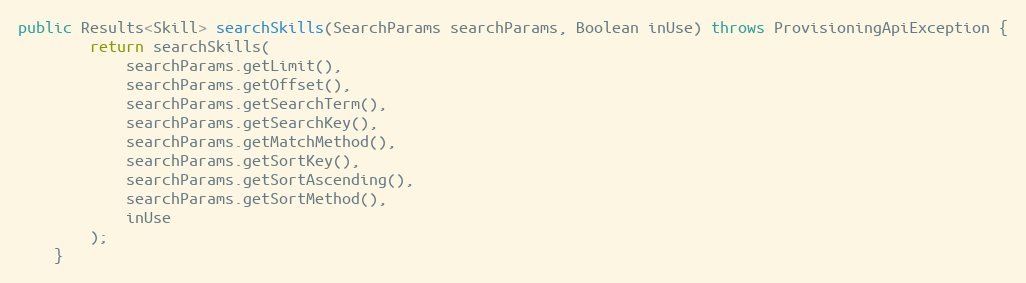
Language: Java
public Results<Skill> searchSkills(SearchParams searchParams, Boolean inUse) throws ProvisioningApiException {
		return searchSkills(
			searchParams.getLimit(),
			searchParams.getOffset(),
			searchParams.getSearchTerm(),
			searchParams.getSearchKey(),
			searchParams.getMatchMethod(),
			searchParams.getSortKey(),
			searchParams.getSortAscending(),
			searchParams.getSortMethod(),
			inUse
		);
	}